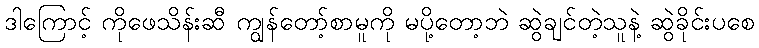
ဒါကြောင့် ကိုဖေသိန်းဆီ ကျွန်တော့်စာမူကို မပို့တော့ဘဲ ဆွဲချင်တဲ့သူနဲ့ ဆွဲခိုင်းပစေ